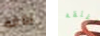
بومة أغلقه